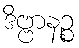
ဒိဗ္ဗာနဉ္စ